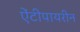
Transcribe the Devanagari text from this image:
ऐंटीपायरीन